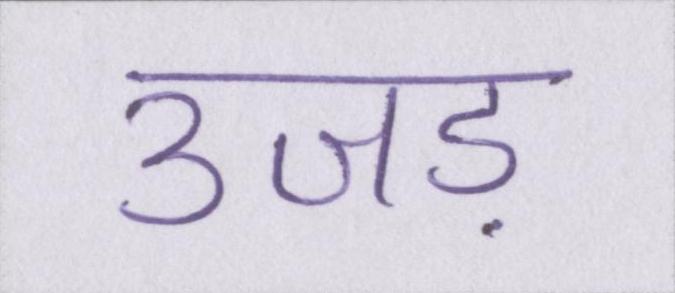
उजड़